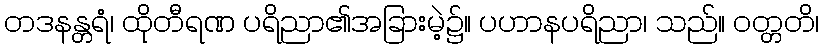
တဒနန္တရံ၊ ထိုတီရဏ ပရိညာ၏အခြားမဲ့၌။ ပဟာနပရိညာ၊ သည်။ ဝတ္တတိ၊